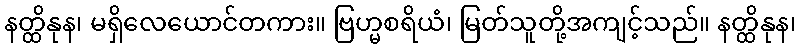
နတ္ထိနုန၊ မရှိလေယောင်တကား။ ဗြဟ္မစရိယံ၊ မြတ်သူတို့အကျင့်သည်။ နတ္ထိနုန၊